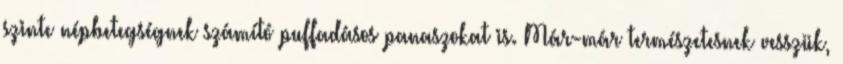
szinte népbetegségnek számító puffadásos panaszokat is. Már-már természetesnek vesszük,